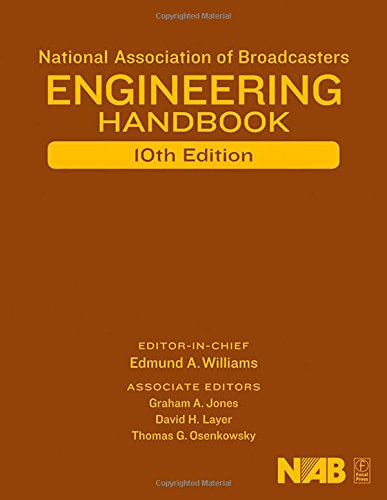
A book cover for NAB Engineering Handbook, Tenth Edition; Graham A. Jones; Humor & Entertainment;